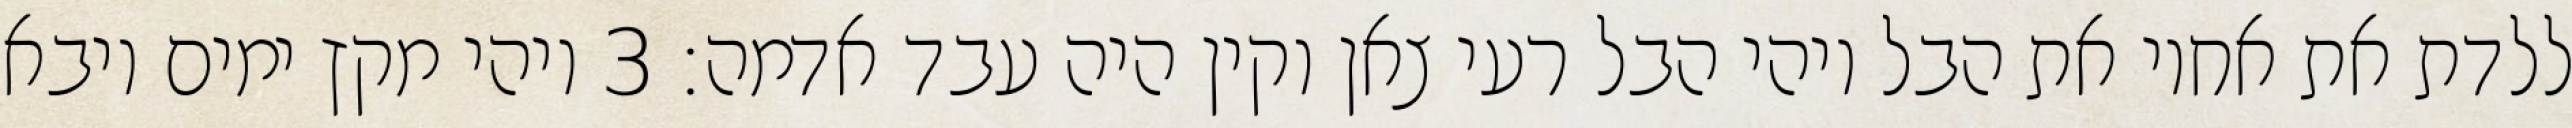
ללדת את אחיו את הבל ויהי הבל רעי צאן וקין היה עבד אדמה׃ ‎3‏ ויהי מקץ ימים ויבא